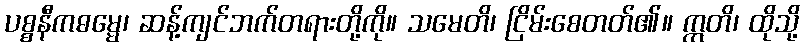
ပစ္စနီကဓမ္မေ၊ ဆန့်ကျင်ဘက်တရားတို့ကို။ သမေတိ၊ ငြိမ်းစေတတ်၏။ ဣတိ၊ ထိုသို့